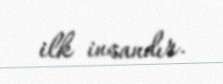
ilk insandır.